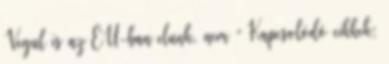
Vegul is az EU-ban elunk, nem ” Kapcsolódó cikkek: